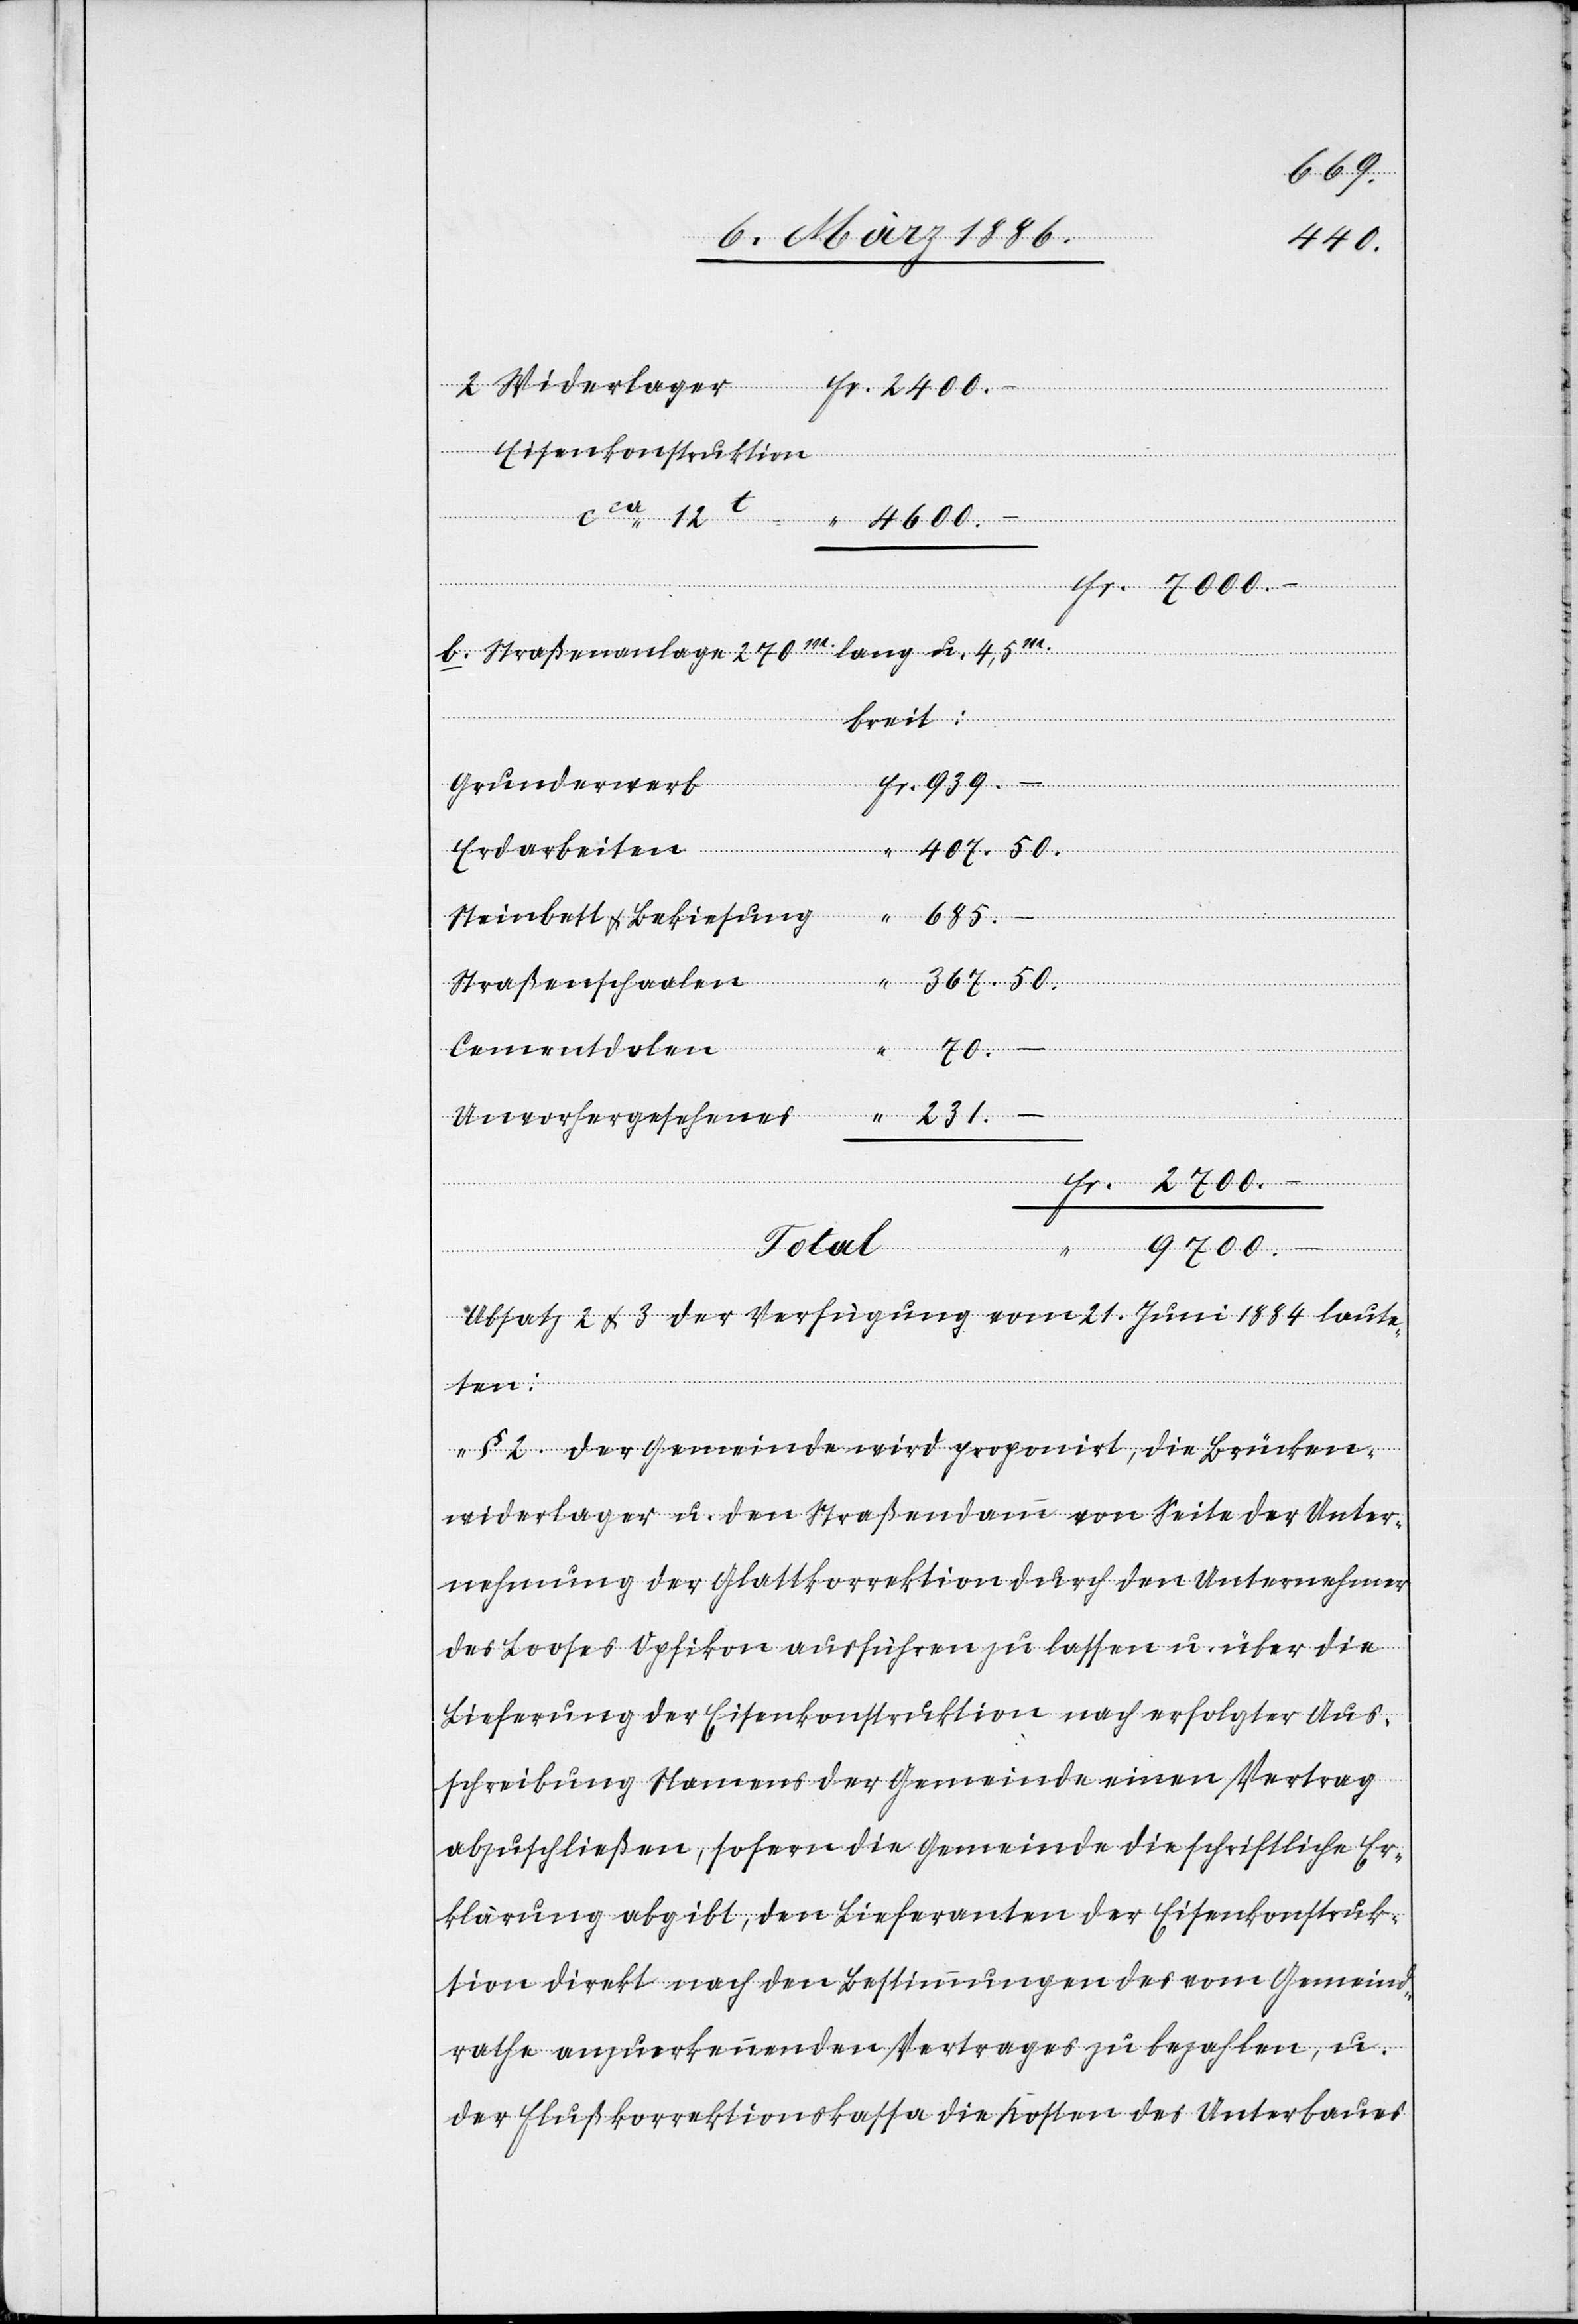
367.
2400.
Eisenkonstruktion
cca 12t
b). Straßenanlage 270m. lang u. 4,5m.
breit:
Grunderwerb
Erdarbeiten
685.
Steinbett & Bekiesung
Straßenschaalen
Cementdolen
9700.
Unvorhergesehenes
231.
Absatz 2 & 3 der Verfügung vom 21. Juni 1884 laute¬
Widerlager
ten:
„§. 2 Der Gemeinden wird proponirt, die Brücken¬
widerlager u. den Straßendamm von Seite der Unter¬
nehmung der Glattkorrektion durch den Unternehmer
des Looses Opfikon ausführen zu lassen u. über die
Lieferung der Eisenkonstruktion nach erfolgter Aus¬
schreibung Namens der Gemeinde einen Vertrag
abzuschließen, sofern die Gemeinde die schriftliche Er¬
klärung abgibt, den Lieferanten der Eisenkonstruk¬
tion direkt nach den Bestimmungen des vom Gemeinde¬
rath anzuerkennenden Vertrages zu bezahlen, u.
der Flußkorrektionskassa die Kosten des Unterbaues